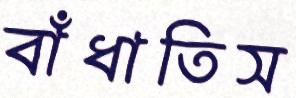
বাঁধাতিস